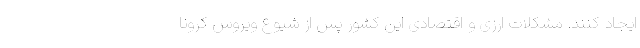
ایجاد کنند. مشکلات ارزی و اقتصادی این کشور پس از شیوع ویروس کرونا